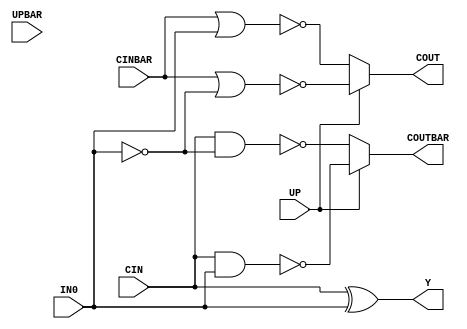
//------------------------------------------------------
// Copyright 1992, 1993 Cascade Design Automation Corporation.
//------------------------------------------------------
module dpincdec(CIN,CINBAR,IN0,UP,UPBAR,COUT,COUTBAR,Y);
  parameter BIT = 0;
  parameter COLINST = "0";
  parameter GROUP = "dpath1";
  parameter
        d_CIN_r = 0,
        d_CIN_f = 0,
        d_CINBAR_r = 0,
        d_CINBAR_f = 0,
        d_IN0_r = 0,
        d_IN0_f = 0,
        d_UP_r = 0,
        d_UP_f = 0,
        d_UPBAR_r = 0,
        d_UPBAR_f = 0,
        d_COUT_r = 1,
        d_COUT_f = 1,
        d_COUTBAR_r = 1,
        d_COUTBAR_f = 1,
        d_Y_r = 1,
        d_Y_f = 1;
  input  CIN;
  input  CINBAR;
  input  IN0;
  input  UP;
  input  UPBAR;
  output  COUT;
  output  COUTBAR;
  output  Y;
  wire  CIN_temp;
  wire  CINBAR_temp;
  wire  IN0_temp;
  wire  UP_temp;
  wire  UPBAR_temp;
  reg  COUT_temp;
  reg  COUTBAR_temp;
  reg  Y_temp;
  assign #(d_CIN_r,d_CIN_f) CIN_temp = CIN;
  assign #(d_CINBAR_r,d_CINBAR_f) CINBAR_temp = CINBAR;
  assign #(d_IN0_r,d_IN0_f) IN0_temp = IN0;
  assign #(d_UP_r,d_UP_f) UP_temp = UP;
  assign #(d_UPBAR_r,d_UPBAR_f) UPBAR_temp = UPBAR;
  assign #(d_COUT_r,d_COUT_f) COUT = COUT_temp;
  assign #(d_COUTBAR_r,d_COUTBAR_f) COUTBAR = COUTBAR_temp;
  assign #(d_Y_r,d_Y_f) Y = Y_temp;
  always
    @(IN0_temp or CIN_temp or CINBAR_temp or UP_temp or UPBAR_temp)
      begin
      if((UP_temp == 1'b1))
        begin
        COUT_temp = ( ~ (CINBAR_temp | ( ~ IN0_temp)));
        COUTBAR_temp = ( ~ (CIN_temp & IN0_temp));
        end
      else      if((UP_temp == 1'b0))
        begin
        COUT_temp = ( ~ (CINBAR_temp | IN0_temp));
        COUTBAR_temp = ( ~ (CIN_temp & ( ~ IN0_temp)));
        end
      else
        begin
        COUT_temp = 1'bx;
        COUTBAR_temp = 1'bx;
        end
      Y_temp = (CIN_temp ^ IN0_temp);
      end
endmodule